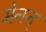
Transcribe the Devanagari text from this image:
मेनन्